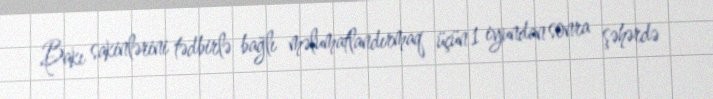
Bakı sakinlərini tədbirlə bağlı məlumatlandırmaq üçün 1 iyundan sonra şəhərdə